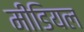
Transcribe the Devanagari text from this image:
मीडियल